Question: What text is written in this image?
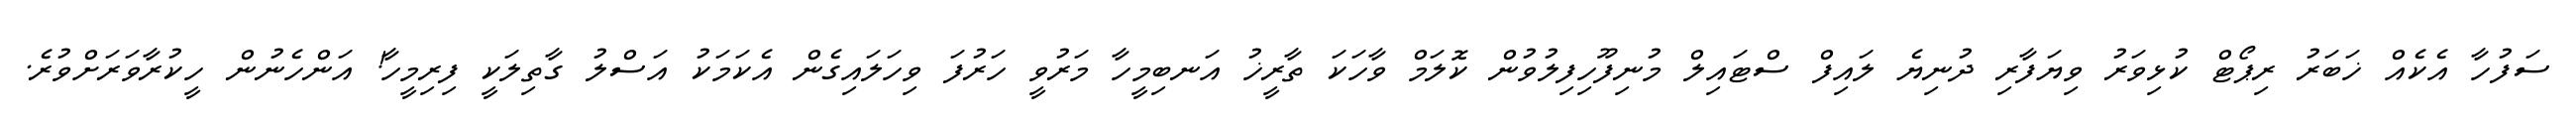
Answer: ސަފުހާ އެކެއް ޚަބަރު ރިޕޯޓް ކުޅިވަރު ވިޔަފާރި ދުނިޔެ ލައިފް ސްޓައިލް މުނިފޫހިފިލުވުން ކޮލަމް ވާހަކަ ތާރީޚު އަނބިމީހާ މަރުވީ ހަރުފަ ވިހަލައިގެން އެކަމަކު އަސްލު ގާތިލަކީ ފިރިމީހާ! އަންހެނުން ހީކުރާވަރަށްވުރެ.